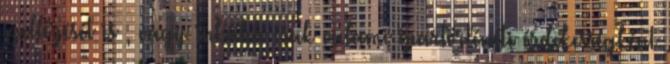
szellőzését is , vagy inkább csak valami ipartörténéti érdekességként